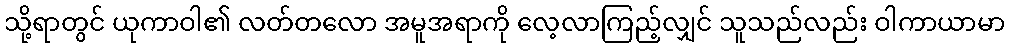
သို့ရာတွင် ယုကာဝါ၏ လတ်တလော အမူအရာကို လေ့လာကြည့်လျှင် သူသည်လည်း ဝါကာယာမာ